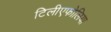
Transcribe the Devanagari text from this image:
टिलीएफोलिया